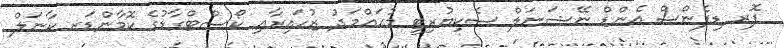
ފޮރ ޑިފެންސް އެންޑް ނޭޝަނަލް ސެކިޔުރިޓީ މުޙައްމަދު ޒުހައިރާއި ކޯސްޓްގާޑުގެ ކޮމާންޑަރ ކާނަލް